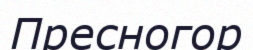
Пресногор